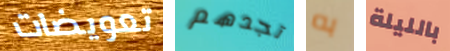
تعويضات تجدهم به بالليلة